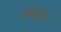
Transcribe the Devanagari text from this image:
यथावृत्त